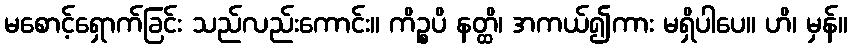
မစောင့်ရှောက်ခြင်း သည်လည်းကောင်း။ ကိဉ္စပိ နတ္ထိ၊ အကယ်၍ကား မရှိပါပေ။ ဟိ၊ မှန်။